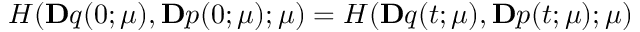
H ( \ensuremath { \mathbf Ḋ q Ḍ } ( 0 ; \ensuremath { \boldsymbol Ḋ \mu Ḍ } ) , \ensuremath { \mathbf Ḋ p Ḍ } ( 0 ; \ensuremath { \boldsymbol Ḋ \mu Ḍ } ) ; \ensuremath { \boldsymbol Ḋ \mu Ḍ } ) = H ( \ensuremath { \mathbf Ḋ q Ḍ } ( t ; \ensuremath { \boldsymbol Ḋ \mu Ḍ } ) , \ensuremath { \mathbf Ḋ p Ḍ } ( t ; \ensuremath { \boldsymbol Ḋ \mu Ḍ } ) ; \ensuremath { \boldsymbol Ḋ \mu Ḍ } )